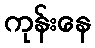
ကုန်းနေ